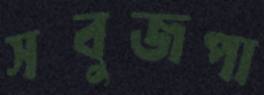
সবুজপা